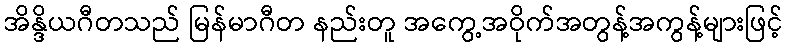
အိန္ဒိယဂီတသည် မြန်မာဂီတ နည်းတူ အကွေ့အဝိုက်အတွန့်အကွန့်များဖြင့်